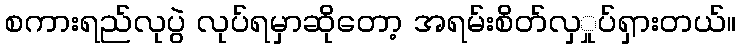
စကားရည်လုပွဲ လုပ်ရမှာဆိုတော့ အရမ်းစိတ်လှှုပ်ရှားတယ်။